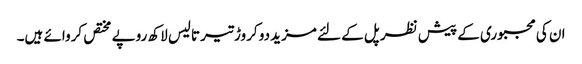
ان کی مجبوری کے پیش نظر پل کے لئے مزید دو کروڑ تیر تالیس لاکھ روپے مختص کروائے ہیں۔